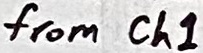
Text: from Ch1